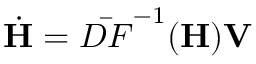
\dot { \mathbf H } = \bar { D F } ^ { - 1 } ( { \mathbf H } ) { \mathbf { V } }